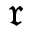
\mathfrak { r }